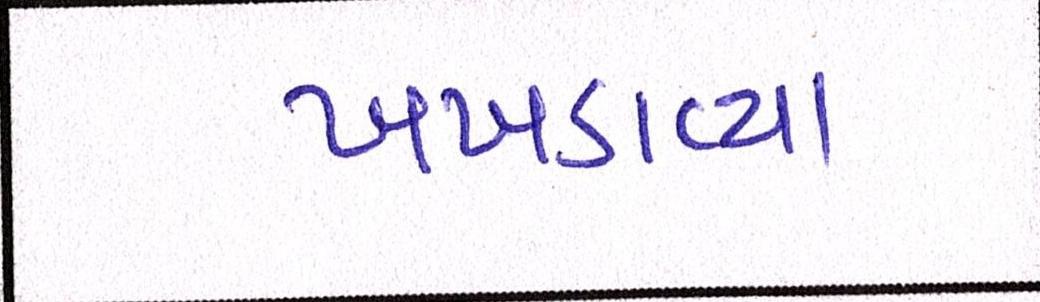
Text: ખખડાવ્યા